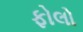
ફોલો